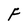
Character: F